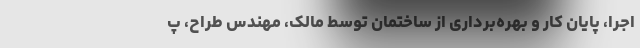
اجرا، پایان کار و بهره‌برداری از ساختمان توسط مالک، مهندس طراح، پ